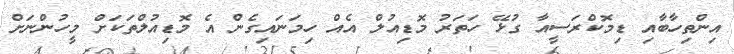
އިންތިހާބާއި ޑިމޮކްރަސީއާ ގުޅޭ ހަތަރު މޮޑިއުލް އެއް ހިމަނައިގެން އެ މޮޑިއުލްތަކަށް މީހުންނަށް